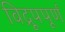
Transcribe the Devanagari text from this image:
विद्रूपपूर्ण